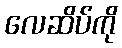
လေဆိပ်ကို